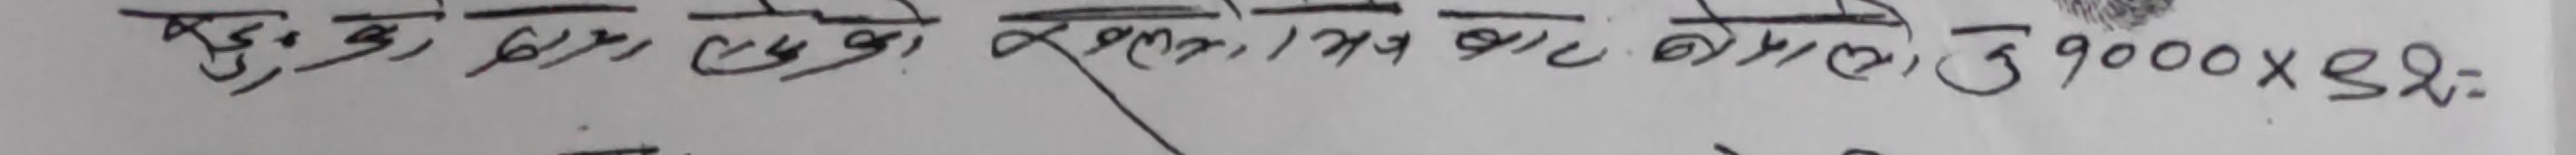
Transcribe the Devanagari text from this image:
हुकुक, २५०, ३५, १/२ या वाद कार्यालि उ 9000 X 82: